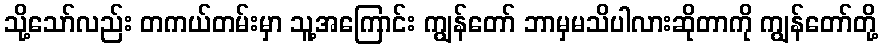
သို့သော်လည်း တကယ်တမ်းမှာ သူ့အကြောင်း ကျွန်တော် ဘာမှမသိပါလားဆိုတာကို ကျွန်တော်တို့